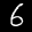
Label: 6